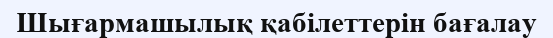
Шығармашылық қабілеттерін бағалау